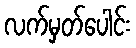
လက်မှတ်ပေါင်း